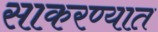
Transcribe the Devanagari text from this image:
साकरण्यात